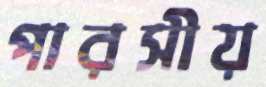
পারসীয়